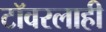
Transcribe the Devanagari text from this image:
टॉवरलाही